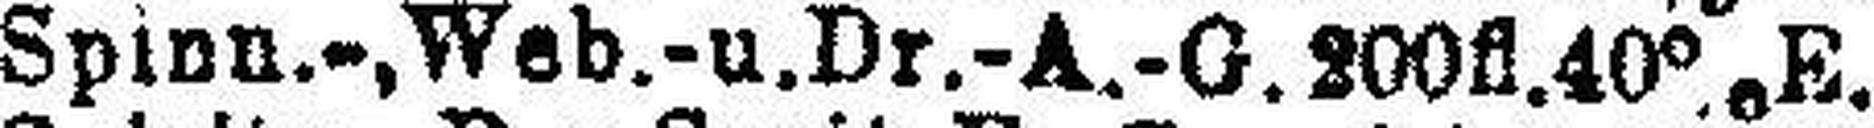
Spinn.-,Web.-u.Dr.-A.-G. 200fl.40% E.